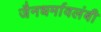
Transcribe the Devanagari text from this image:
जैनधर्मावलंबी